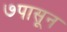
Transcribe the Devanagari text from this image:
७पासून